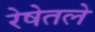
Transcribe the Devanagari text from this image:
रेषेतले